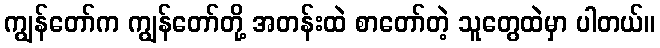
ကျွန်တော်က ကျွန်တော်တို့ အတန်းထဲ စာတော်တဲ့ သူတွေထဲမှာ ပါတယ်။